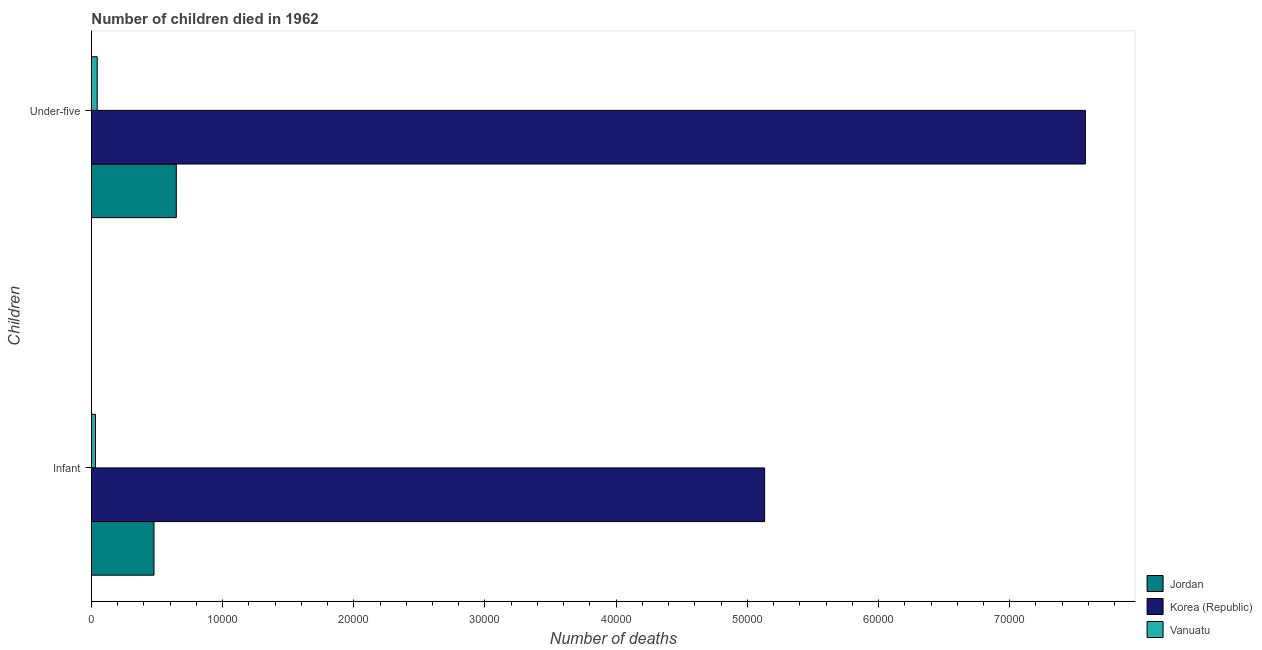
| Children | Jordan | Korea (Republic) | Vanuatu |
 | --- | --- | --- | --- |
 | Infant | 4.77e+03 | 5.13e+04 | 311 |
 | Under-five | 6.47e+03 | 7.58e+04 | 441 |